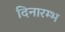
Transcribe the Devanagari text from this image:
दिनारम्भ